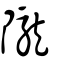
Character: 隴